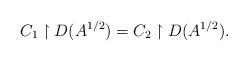
LaTeX: \begin{align*}C_1\upharpoonright D(A^{1/2})=C_2\upharpoonright D(A^{1/2}).\end{align*}